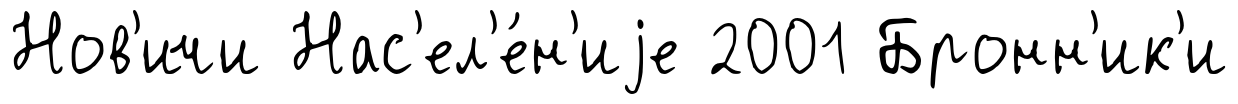
Нов'ичи Нас'ел'е́н'иjе 2001 Бронн'ик'и